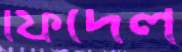
ফিদেল